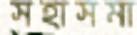
সহাসমা